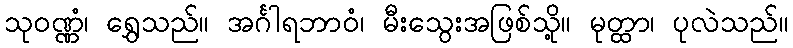
သုဝဏ္ဏံ၊ ရွှေသည်။ အင်္ဂါရဘာဝံ၊ မီးသွေးအဖြစ်သို့။ မုတ္ထာ၊ ပုလဲသည်။